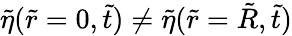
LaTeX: \tilde{\eta}(\tilde{r}=0,\tilde{t})\neq\tilde{\eta}(\tilde{r}=\tilde{R},\tilde{t})